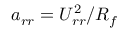
a _ { r r } = U _ { r r } ^ { 2 } / R _ { f }